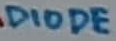
Text: DIODE